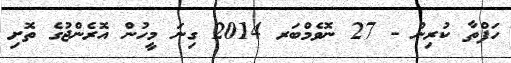
ހަފްތާ ކުރިން - 27 ނޮވެމްބަރ 2014 ގިނަ މީހުން އޮރެންޖުގެ ތޮށި